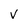
Character: V